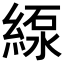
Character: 𦂥